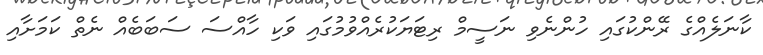
ކާނަލެއްގެ ރޭންކުގައި ހުންނެވި ނަސީމް ރިޓަޔަކުރެއްވުމުގައި ވަކި ހާއްސަ ސަބަބެއް ނެތް ކަމަށާއި